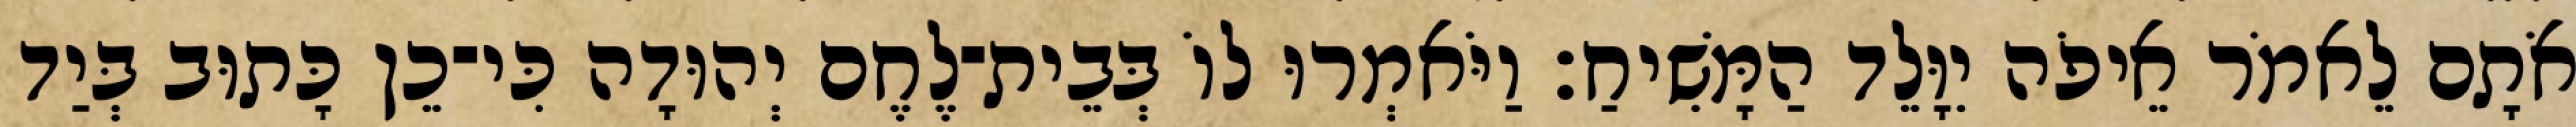
אֹתָם לֵאמֹר אֵיפֹה יִוָּלֵד הַמָּשִׁיחַ׃ וַיֹּאמְרוּ לוֹ בְּבֵית־לֶחֶם יְהוּדָה כִּי־כֵן כָּתוּב בְּיַד